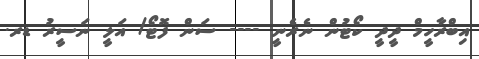
އިބްރާހީމް ދީދީ ކޯޓުން ނެރެނީ ---- ސަން ފޮޓޯ/ އަލީ ނަސީރު ޑރ.